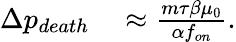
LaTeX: \begin{array}{rl}{\Delta p_{death}}&{{}\approx\frac{m\tau\beta\mu_{0}}{\alpha f_{on}}.}\end{array}